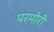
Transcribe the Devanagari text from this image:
परमोरी